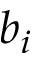
b _ { i }